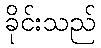
ခိုင်းသည်